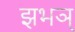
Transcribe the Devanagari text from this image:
झभञ्